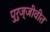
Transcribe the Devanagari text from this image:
पुरुज्जीवीत